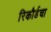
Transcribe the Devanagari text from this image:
रिकौर्डचा